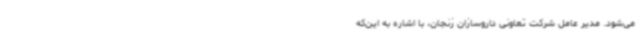
می‌شود. مدیر عامل شرکت تعاونی داروسازان زنجان، با اشاره به این‌که